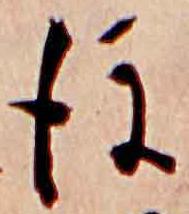
後